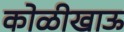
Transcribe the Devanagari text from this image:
कोळीखाऊ